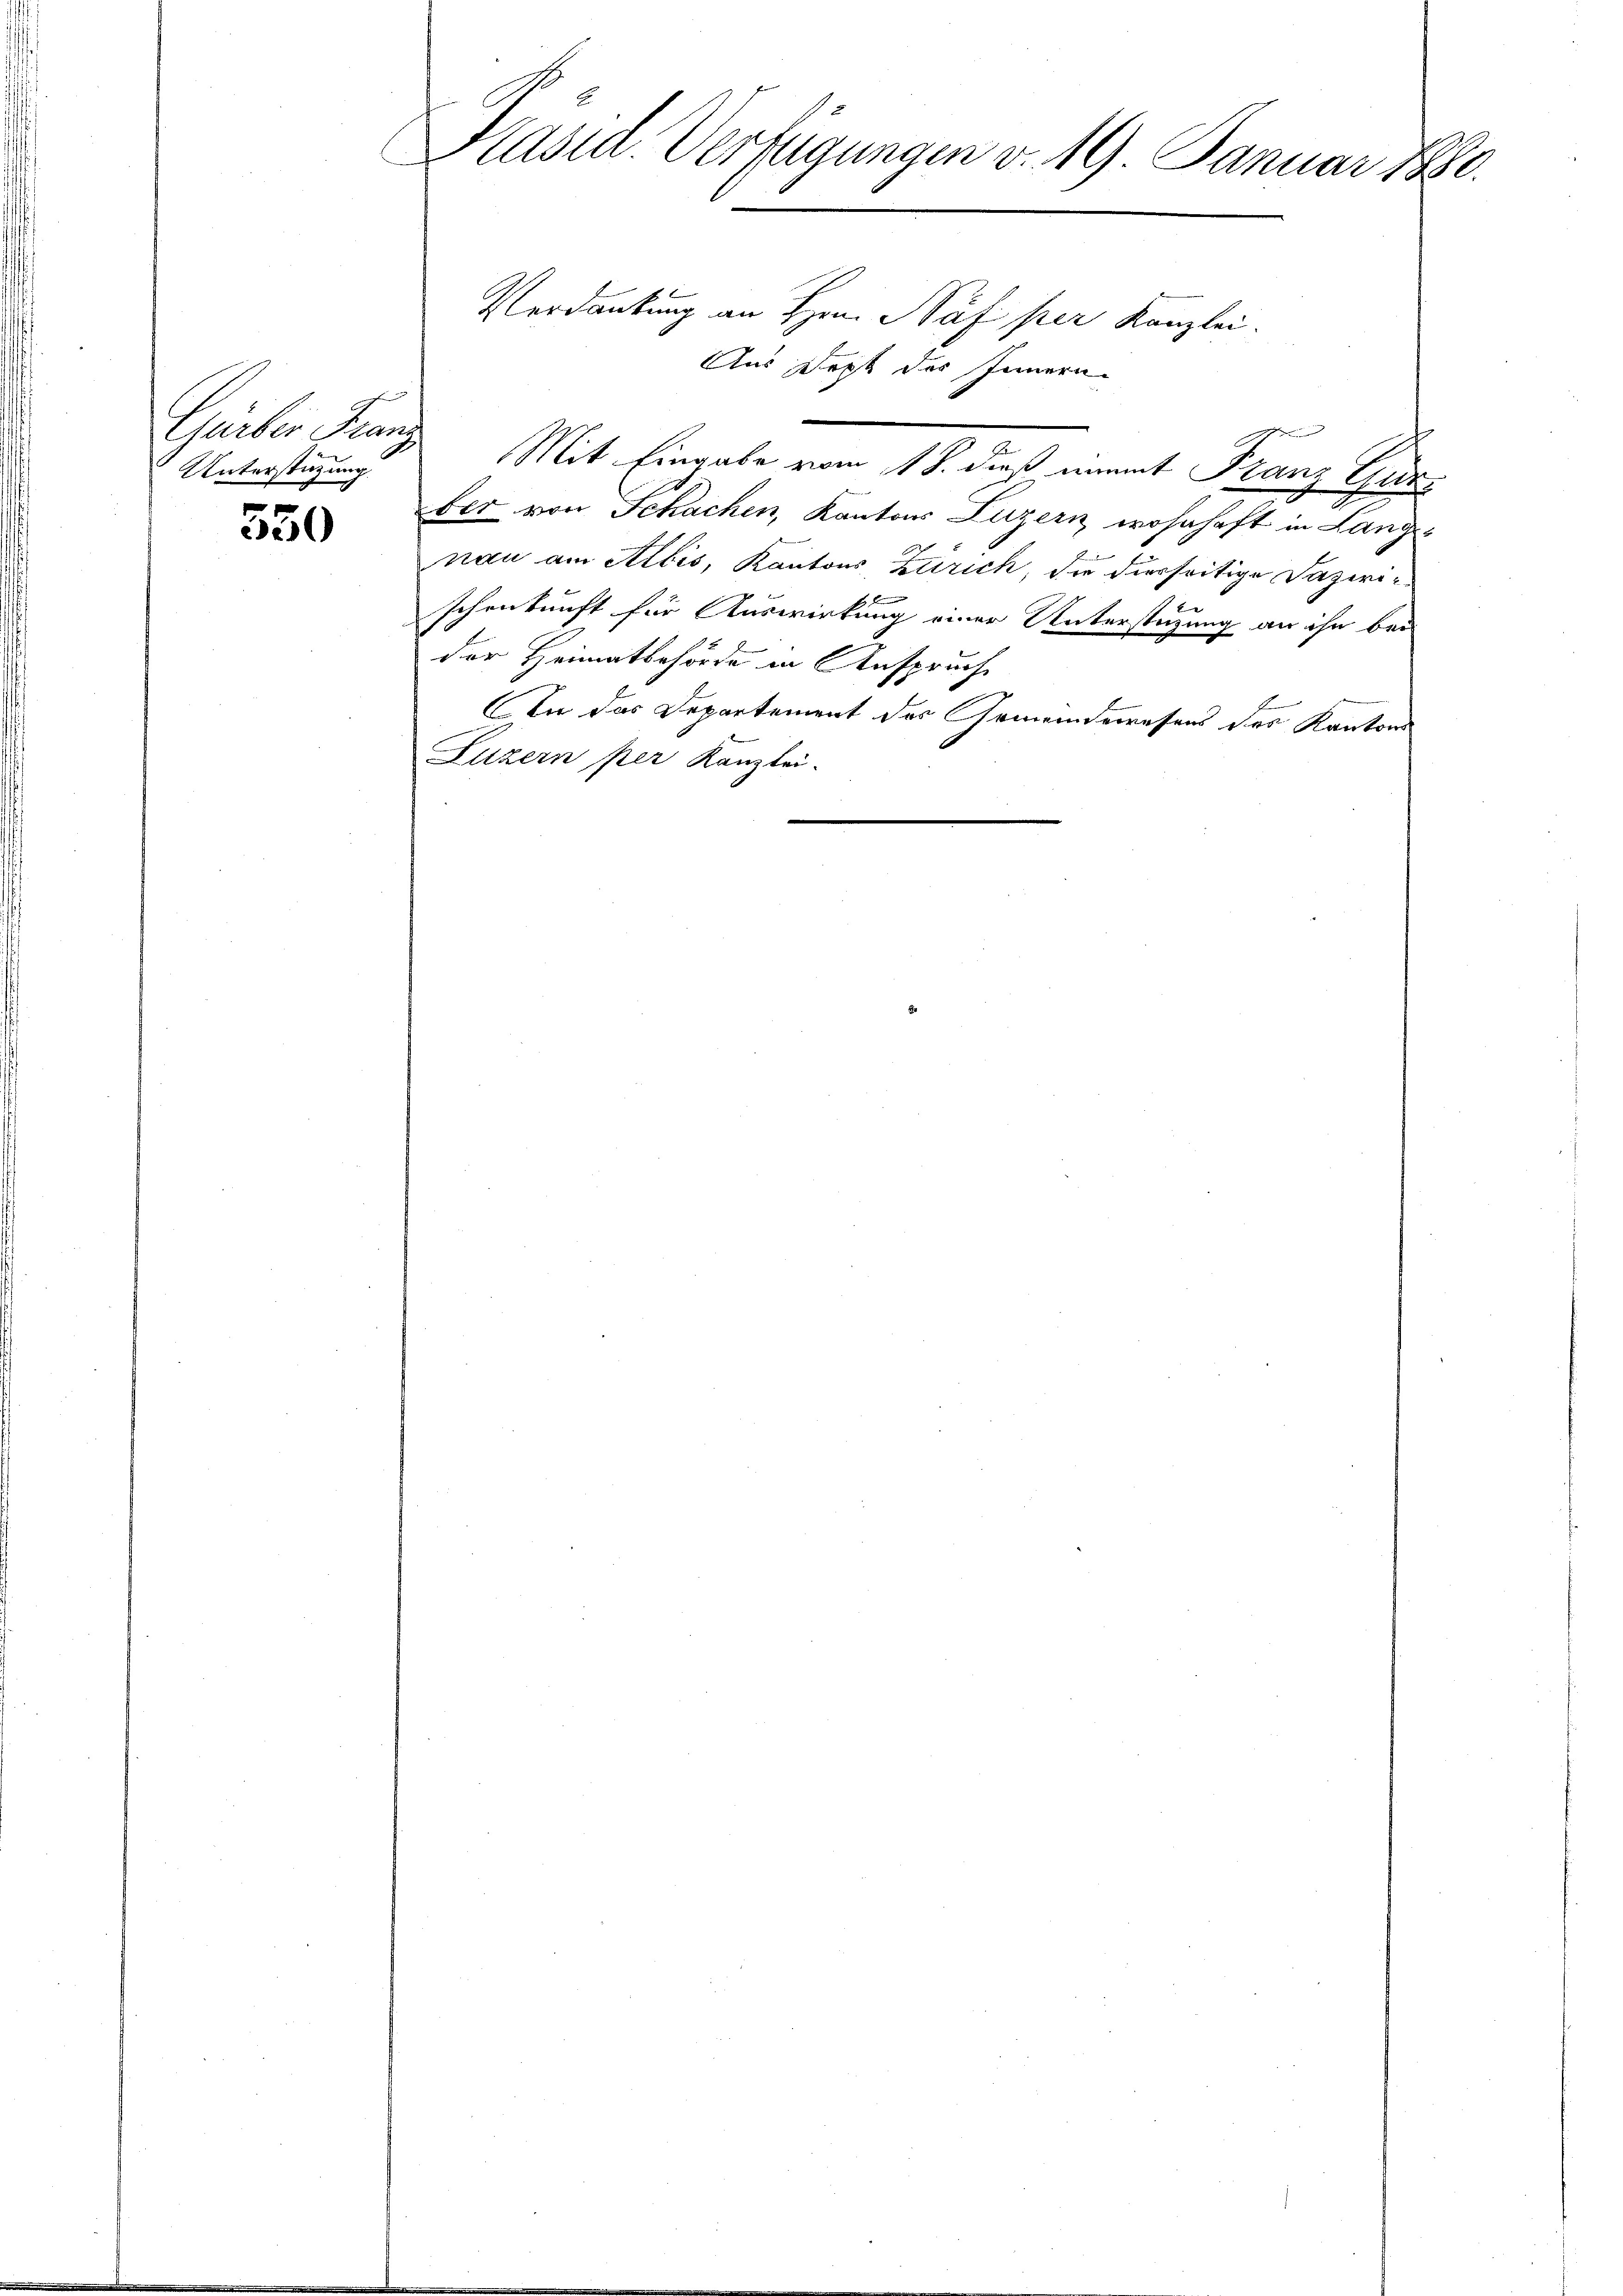
Gürber Franz
Unterstützung.

550

Präsid. Verfügungen v. 19. Januar 1880.

Verdankung an Hrn. Näf per Kanzlei.
Aus Dept des Innern
Mit Eingabe vom 18. dieß nammt Franz Gur
fer von Schachen, Kantons Luzern wohnhaft in Lang-
nau am Albis, Kantons Zürich, die diesseitige Dazirischenkunft für Auswirkung einer Unterstützung an ihn bei
der Heimatbehörde in Anspruche
In das Departement des Gemeindewesens des Kantons
Luzern per Kanzlei-